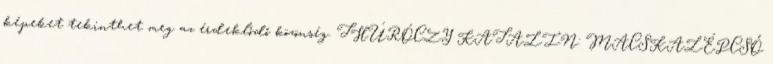
képeket tekinthet meg az érdeklődő közönség. THÚRÓCZY KATALIN: MACSKALÉPCSŐ